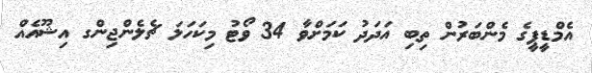
އެމްޑީޕީގެ މެންބަރުން ތިބި އަދަދު ކަމަށްވާ 34 ވޯޓު މިކަހަލަ ޗެލެންޖިންގ އިޝޫއެއް